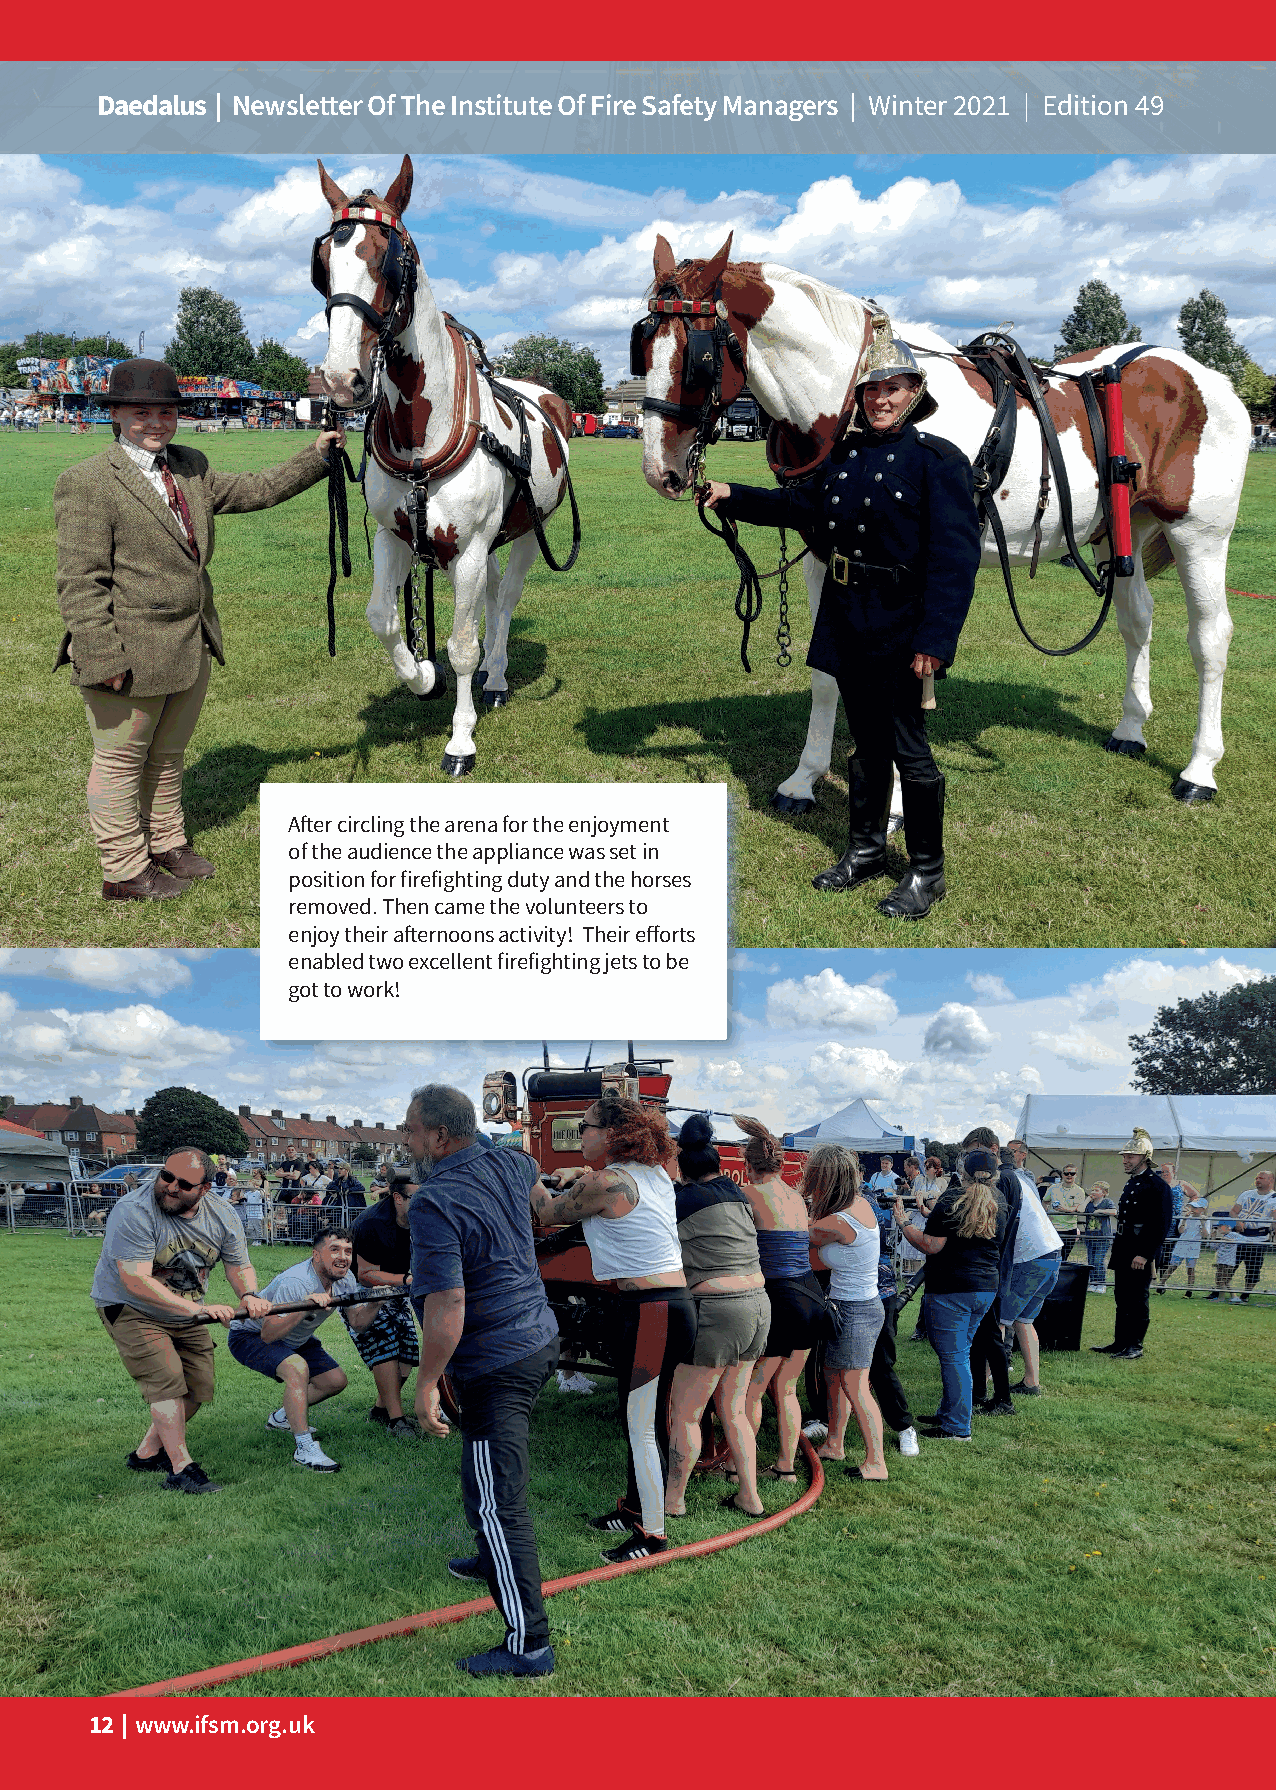
Daedalus | Newsletter Of The Institute Of Fire Safety Managers | Winter 2021 | Edition 49
 After circling the arena for the enjoyment
 of the audience the appliance was set in
 position for firefighting duty and the horses
 removed. Then came the volunteers to
 enjoy their afternoons activity! Their efforts
 enabled two excellent firefighting jets to be
 got to work!
 Continued overleaf
 12 | www.ifsm.org.uk